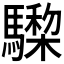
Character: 𩦅